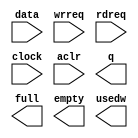
module fifo_32x128 (
	data,
	wrreq,
	rdreq,
	clock,
	aclr,
	q,
	full,
	empty,
	usedw);

	input	[31:0]  data;
	input	  wrreq;
	input	  rdreq;
	input	  clock;
	input	  aclr;
	output	[31:0]  q;
	output	  full;
	output	  empty;
	output	[6:0]  usedw;

endmodule